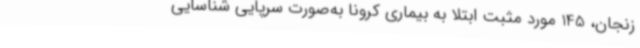
زنجان، 145 مورد مثبت ابتلا به بیماری کرونا به‌صورت سرپایی شناسایی